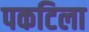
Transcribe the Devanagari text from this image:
पकटिला